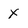
Character: X